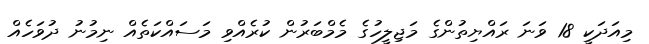
މިއަދަކީ 18 ވަނަ ރައްޔިތުންގެ މަޖިލީހުގެ މެމްބަރުން ކުރެއްވި މަސައްކަތެއް ނިމުނު ދުވަހެއް